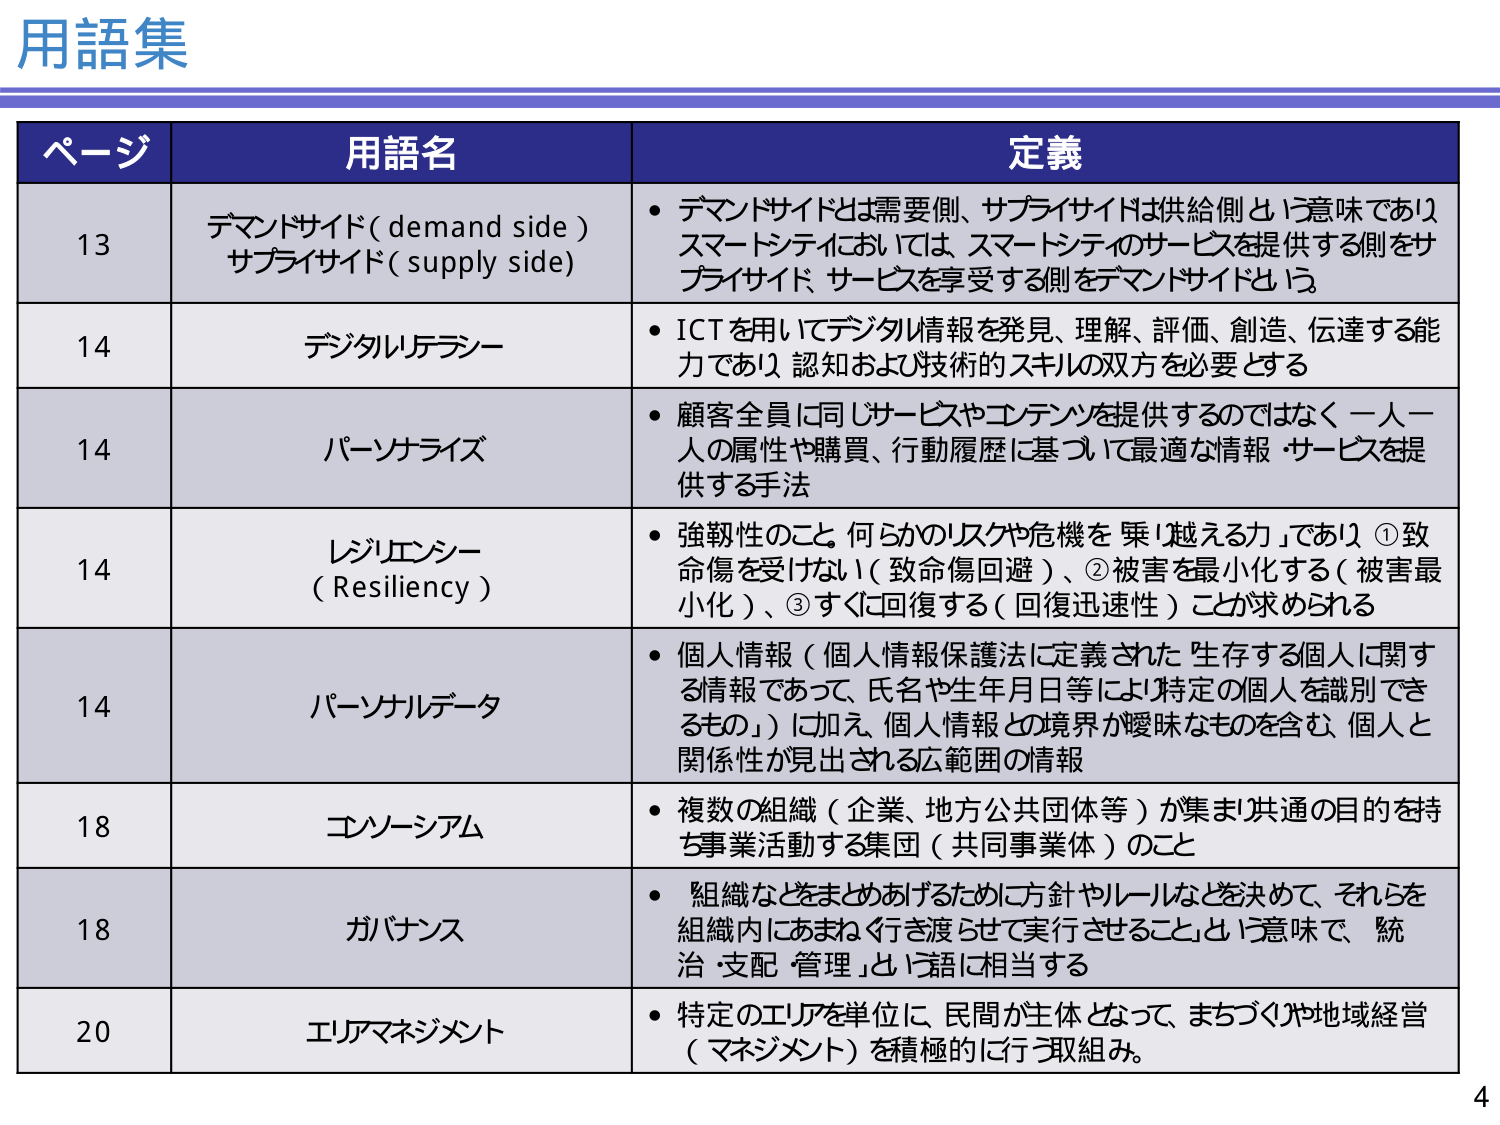
用語集

ページ 用語名 定義
13 デマンドサイド (demand side) サプライサイド (supply side) • デマンドサイドとは需要側、サプライサイドは供給側という意味であり、スマートシティにおいては、スマートシティのサービスを提供する側をサプライサイド、サービスを享受する側をデマンドサイドという
14 デジタルリテラシー • ICTを用いてデジタル情報を発見、理解、評価、創造、伝達する能力であり、認知および技術的スキルの双方を必要とする
14 パーソナライズ • 顧客全員に同じサービスやコンテンツを提供するのではなく、一人一人の属性や購買、行動履歴に基づいて最適な情報・サービスを提供する手法
14 レジリエンシー (Resiliency) • 強靭性のこと。何らかのリスクや危機を乗り越える力」であり、①致命傷を受けない（致命傷回避）、②被害を最小化する（被害最小化）、③すぐに回復する（回復迅速性）ことが求められる
14 パーソナルデータ • 個人情報（個人情報保護法に定義された「生存する個人に関する情報であって、氏名や生年月日等により特定の個人を識別できるもの」）に加え、個人情報との境界が曖昧なものを含む、個人と関係性が見出される広範囲の情報
18 コンソーシアム • 複数の組織（企業、地方公共団体等）が集まり共通の目的を持ち事業活動する集団（共同事業体）のこと
18 ガバナンス • 組織などをまとめあげるために方針やルールなどを決めて、それらを組織内にあまねく行き渡らせて実行させること、という意味で、「統治・支配・管理」という語に相当する
20 エリアマネジメント • 特定のエリアを単位に、民間が主体となって、まちづくりや地域経営（マネジメント）を積極的に行う取組み。

4